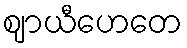
ဈာယီဟေတေ